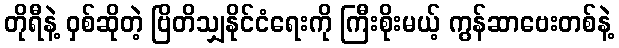
တိုရီနဲ့ ဝှစ်ဆိုတဲ့ ဗြိတိသျှနိုင်ငံရေးကို ကြီးစိုးမယ့် ကွန်ဆာဗေးတစ်နဲ့